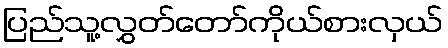
ပြည်သူ့လွှတ်တော်ကိုယ်စားလှယ်